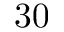
3 0